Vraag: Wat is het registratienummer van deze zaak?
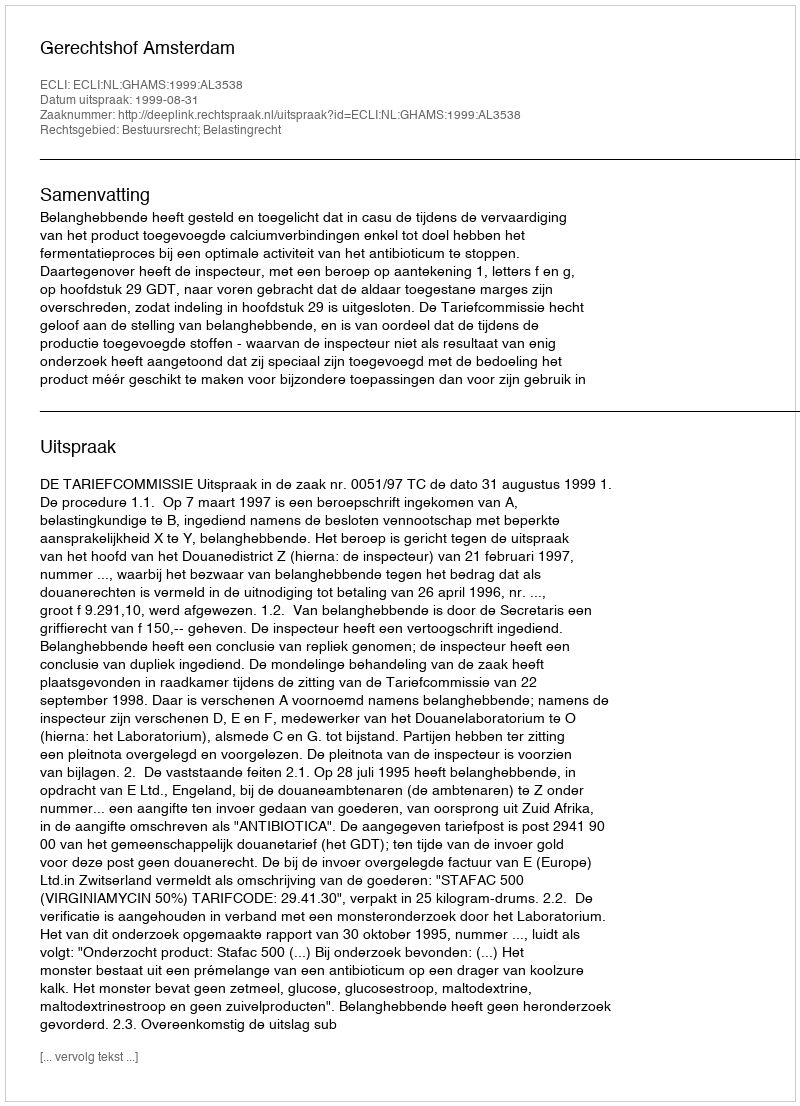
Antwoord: http://deeplink.rechtspraak.nl/uitspraak?id=ECLI:NL:GHAMS:1999:AL3538